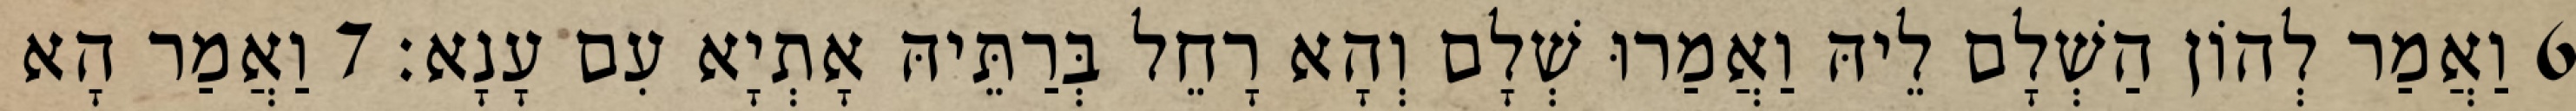
6 וַאֲמַר לְהוֹן הַשְׁלָם לֵיהּ וַאֲמַרוּ שְׁלָם וְהָא רָחֵל בְּרַתֵּיהּ אָתְיָא עִם עָנָא׃ 7 וַאֲמַר הָא